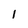
Character: l